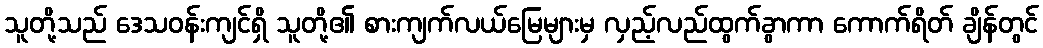
သူတို့သည် ဒေသဝန်းကျင်ရှိ သူတို့၏ စားကျက်လယ်မြေများမှ လှည့်လည်ထွက်ခွာကာ ကောက်ရိတ် ချိန်တွင်